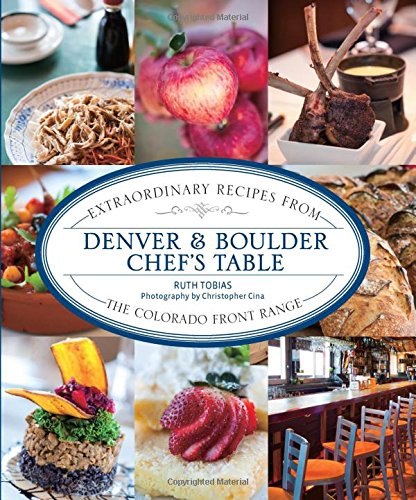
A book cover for Denver & Boulder Chef's Table: Extraordinary Recipes From The Colorado Front Range; Ruth Tobias; Travel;